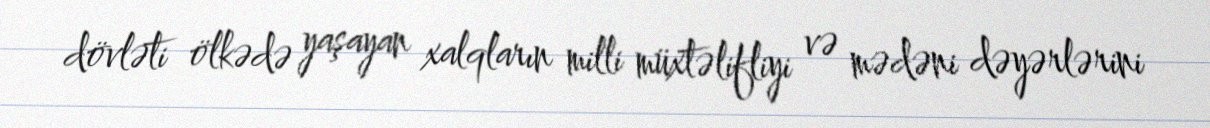
dövləti ölkədə yaşayan xalqların milli müxtəlifliyi və mədəni dəyərlərini